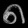
Digit: ၈